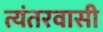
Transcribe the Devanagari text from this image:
त्यंतरवासी